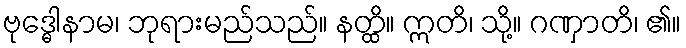
ဗုဒ္ဓေါနာမ၊ ဘုရားမည်သည်။ နတ္ထိ။ ဣတိ၊ သို့။ ဂဏှာတိ၊ ၏။